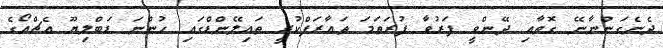
ދެނެގަންނާނޭ ގޮތާއި ދޭންވީ ފަރުވާ ފުރަތަމަ ތަޢާރަފްކުރީ ތައިލޭންޑްގައި ހުންނަ ޑަބްލިޔޫ އެޗްއޯގެ